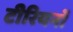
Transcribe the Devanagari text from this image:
टीरियनों